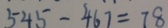
5 4 5 - 4 6 7 = 7 8